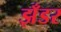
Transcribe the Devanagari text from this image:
झँडर